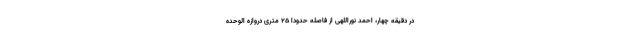
در دقیقه چهار، احمد نوراللهی از فاصله حدودا ۲۵ متری دروازه الوحده